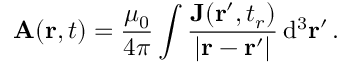
\mathbf { A } ( \mathbf { r } , t ) = { \frac { \mu _ { 0 } } { 4 \pi } } \int { \frac { \mathbf { J } ( \mathbf { r } ^ { \prime } , t _ { r } ) } { | \mathbf { r } - \mathbf { r } ^ { \prime } | } } \, \mathrm { d } ^ { 3 } \mathbf { r } ^ { \prime } \, .